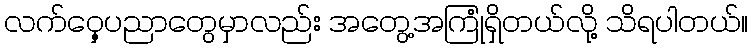
လက်ဝှေ့ပညာတွေမှာလည်း အတွေ့အကြုံရှိတယ်လို့ သိရပါတယ်။